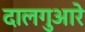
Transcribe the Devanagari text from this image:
दालगुआरे